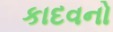
કાદવનો